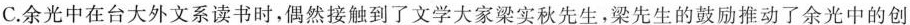
C.余光中在台大外文系读书时，偶然接触到了文学大家梁实秋先生，梁先生的鼓励推动了余光中的创